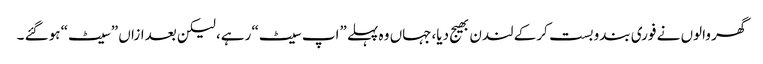
گھر والوں نے فوری بندوبست کرکے لندن بھیج دیا،جہاں وہ پہلے ”اپ سیٹ“ رہے، لیکن بعدازاں ”سیٹ“ ہوگئے ۔